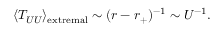
\langle T _ { U U } \rangle _ { \mathrm { e x t r e m a l } } \sim ( r - r _ { + } ) ^ { - 1 } \sim U ^ { - 1 } .